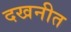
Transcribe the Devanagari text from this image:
दखनीत